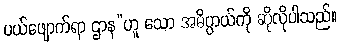
ပယ်ဖျောက်ရာ ဌာန”ဟူ သော အဓိပ္ပာယ်ကို ဆိုလိုပါသည်။